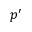
p ^ { \prime }